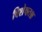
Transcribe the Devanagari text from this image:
विशेषतश्च